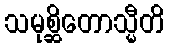
သမုစ္ဆိတောသ္မီတိ